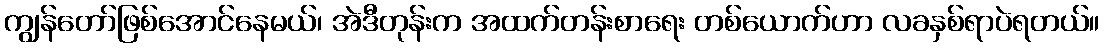
ကျွန်တော်ဖြစ်အောင်နေမယ်၊ အဲဒီတုန်းက အထက်တန်းစာရေး တစ်ယောက်ဟာ လခနှစ်ရာပဲရတယ်။